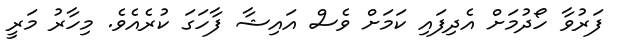
ފަރުވާ ހޯދުމަށް އެދިފައި ކަމަށް ވެސް އައިޝާ ފާހަގަ ކުރެއެވެ. މިހާރު މަރީ